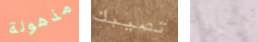
مذهولة تصيبك تعملوا